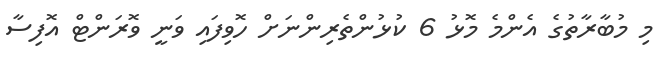
މި މުބާރާތުގެ އެންމެ މޮޅު 6 ކުޅުންތެރިންނަށް ހޮވިފައި ވަނީ ވޮރަންޓް އޮފިސާ